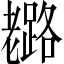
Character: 𦓉